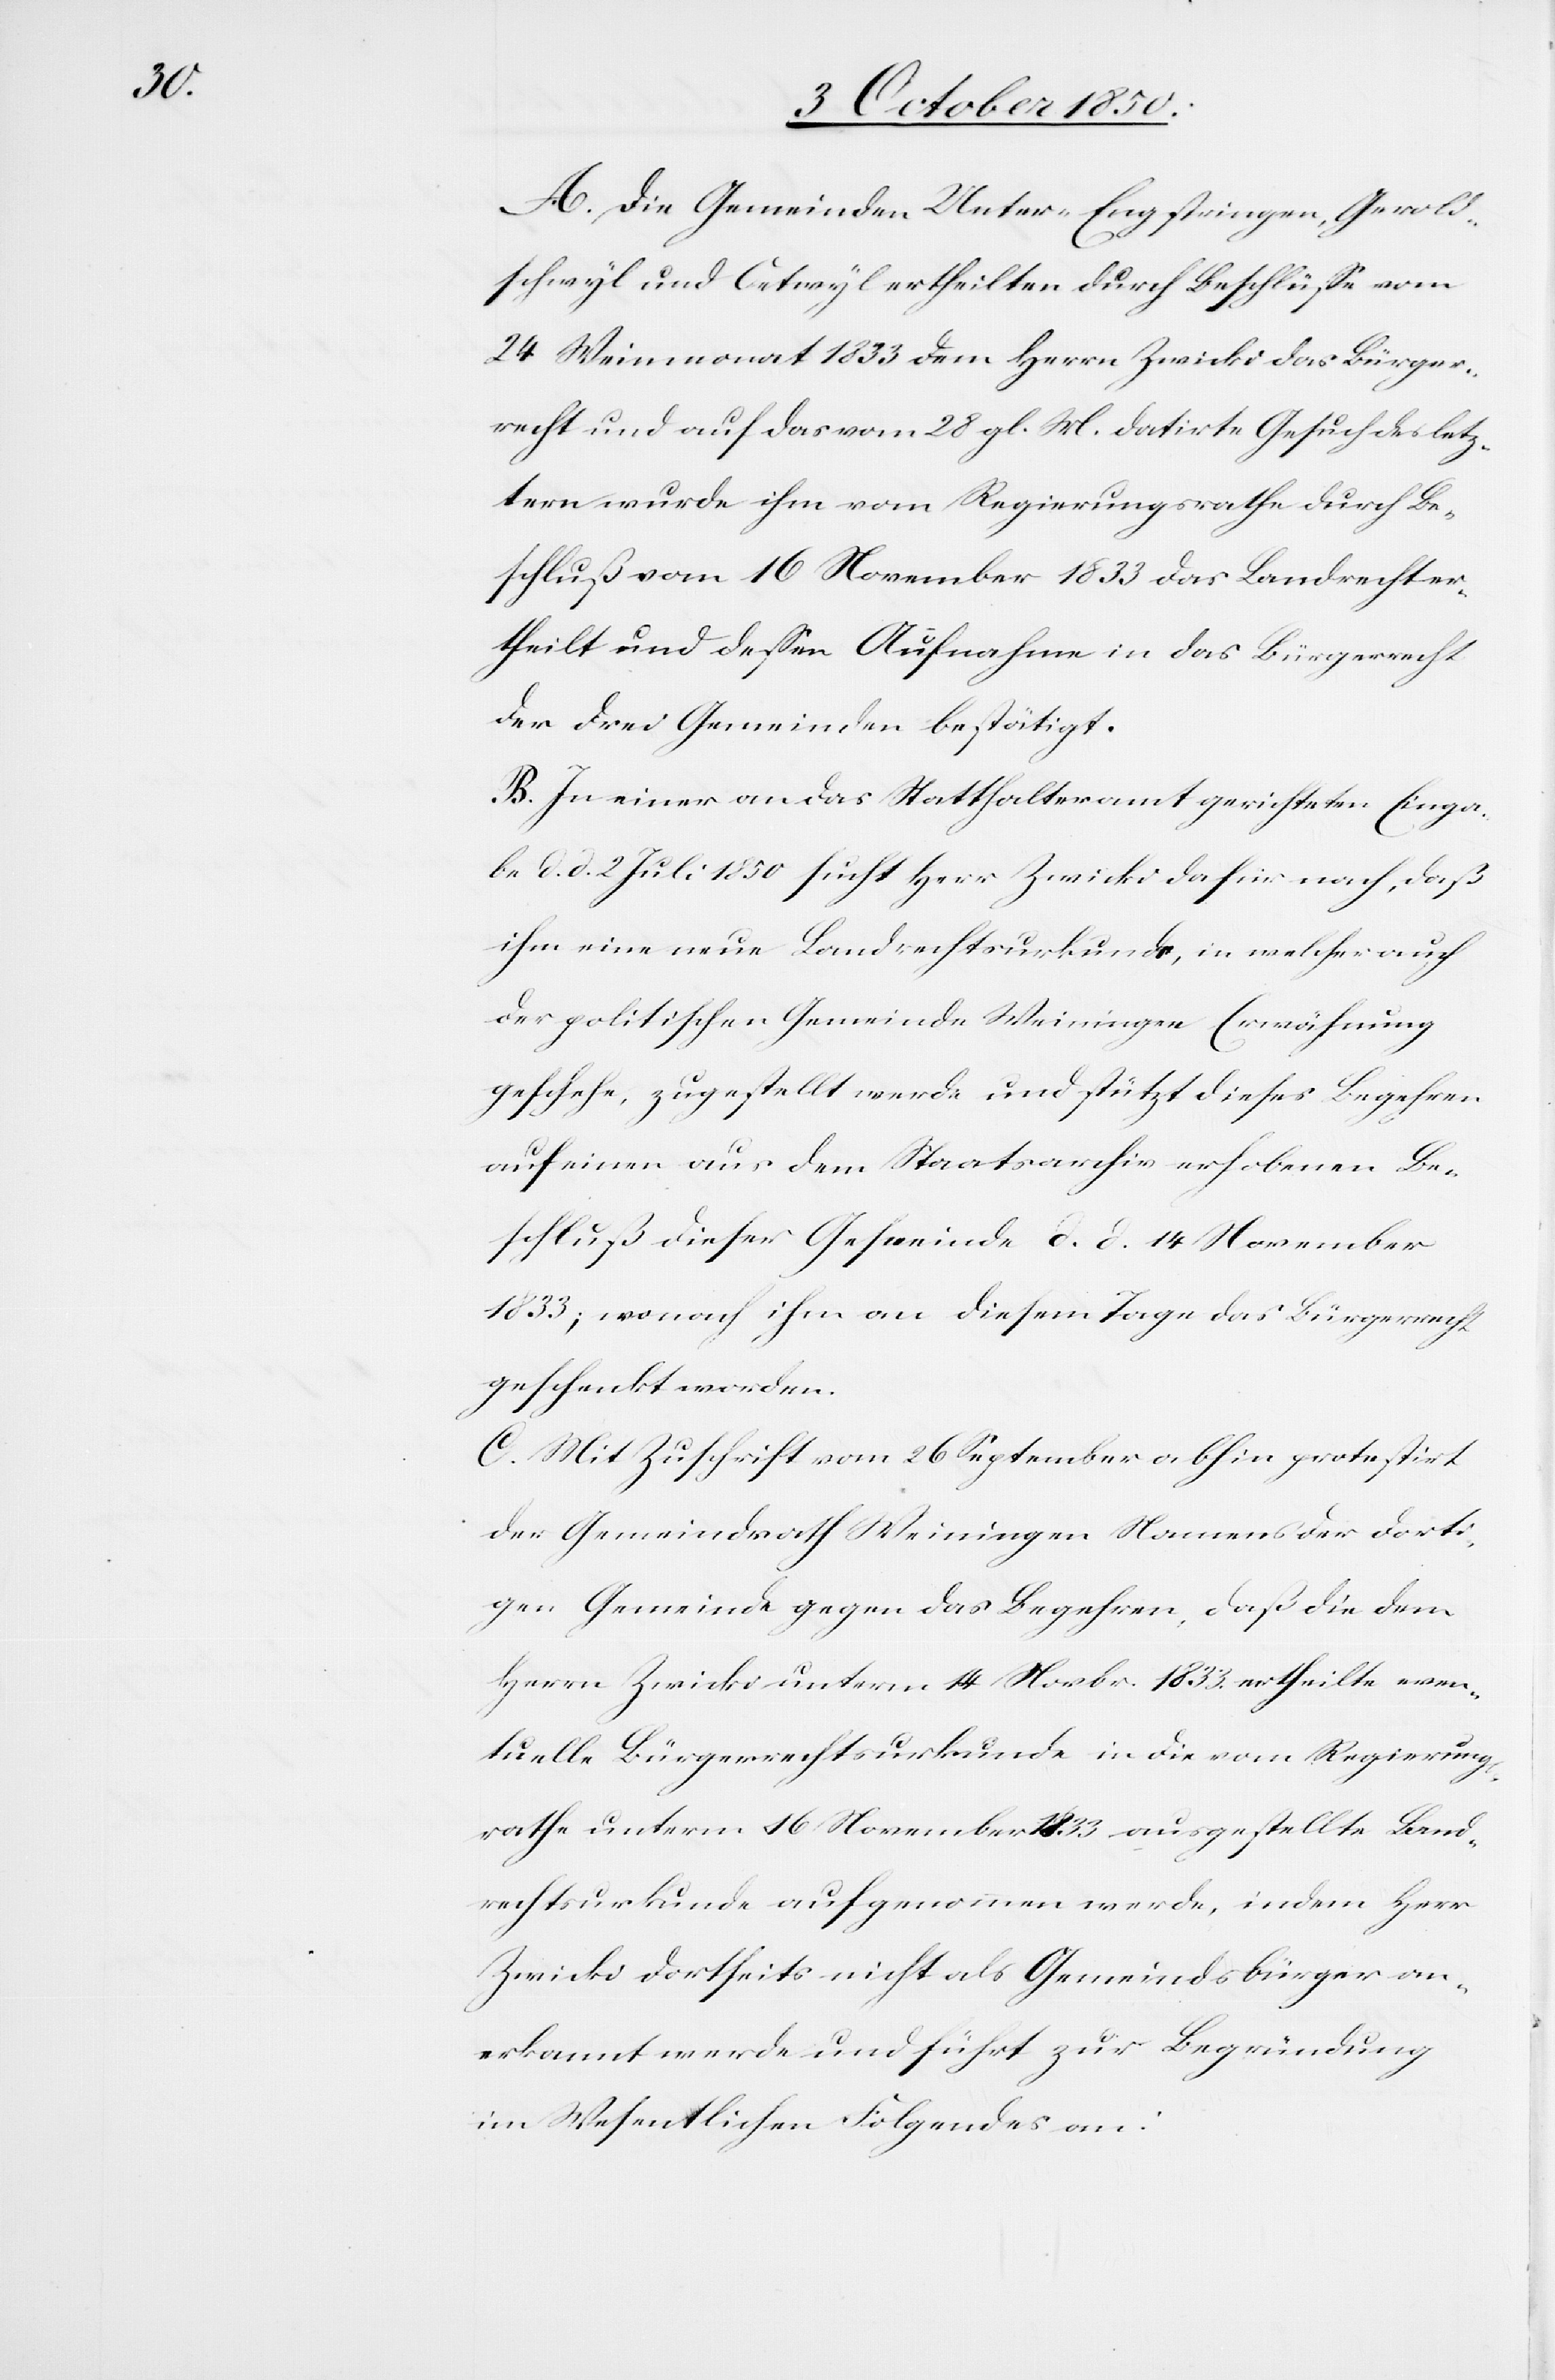
A. Die Gemeinden Unter-Engstringen, Gerold¬
schwyl und Oetwyl ertheilten durch Beschlusse vom
24 Weinmonat 1833 dem Herrn Zwicki das Bürger¬
recht und auf das vom 28 gl. M. datirte Gesuch des letz¬
tern wurde ihm vom Regierungsrathe durch Be¬
schluß vom 16 November 1833 das Landrecht er¬
theilt und dessen Aufnahme in das Bürgerrecht
der drei Gemeinden bestätigt.
B. In einer an das Statthalteramt gerichteten Einga¬
be d. d. 2 Juli 1850 sucht Herr Zwicki dafür nach, daß
ihm eine neue Landrechtsurkunde, in welcher auch
der politischen Gemeinde Weiningen Erwähnung
geschehe, zugestellt werde und stützt dieses Begehren
auf einen aus dem Staatsarchiv erhobenen Be¬
schluß dieser Gemeinde d. d. 14 November
1833; wonach ihm an diesem Tage das Bürgerrecht
geschenkt worden.
C. Mit Zuschrift vom 26 September abhin protestirt
der Gemeindrath Weiningen Namens der dorti¬
gen Gemeinde gegen das Begehren, daß die dem
Herrn Zwicki unterm 14 Novbr. 1833. ertheilte even¬
tuelle Bürgerrechtsurkunde in die vom Regierungs¬
rathe unterm 16 November 1833 ausgestellte Land¬
rechtsurkunde aufgenommen werde, indem Herr
Zwicki dortseits nicht als Gemeindsbürger an¬
erkannt werde und führt zur Begründung
im Wesentlichen Folgendes an: